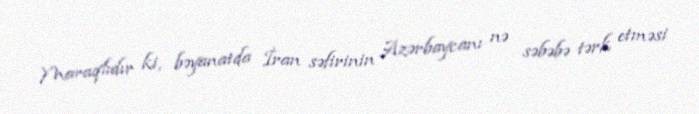
Maraqlıdır ki, bəyanatda İran səfirinin Azərbaycanı nə səbəbə tərk etməsi